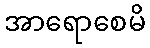
အာရောစေမိ